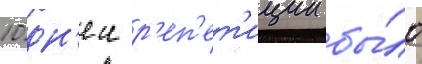
10 дн'еи р'еп'ет'иции бы́ло